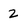
Character: 2